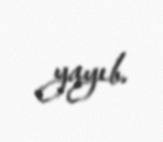
yayıb.